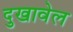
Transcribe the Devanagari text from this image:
दुखावेल